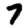
Digit: 7